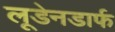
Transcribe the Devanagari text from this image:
लूडेनडार्फ